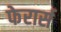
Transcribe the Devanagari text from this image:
फेरार्स